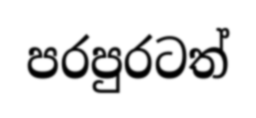
පරපුරටත්